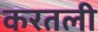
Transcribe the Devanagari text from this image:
करतली